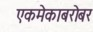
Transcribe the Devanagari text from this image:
एकमेकाबरोबर